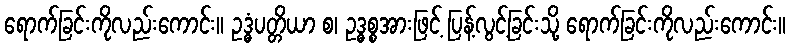
ရောက်ခြင်းကိုလည်းကောင်း။ ဥဒ္ဓံပတ္တိယာ စ၊ ဥဒ္ဓစ္စအားဖြင့် ပြန့်လွင့်ခြင်းသို့ ရောက်ခြင်းကိုလည်းကောင်း။